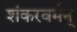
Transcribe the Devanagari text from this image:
शंकरवर्मन्